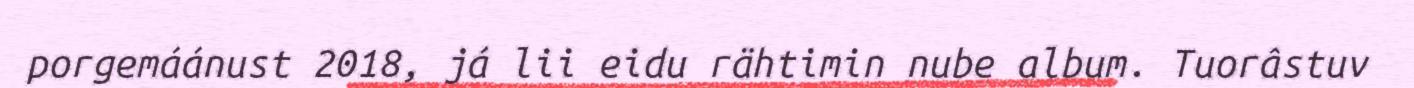
porgemáánust 2018, já lii eidu rähtimin nube album. Tuorâstuv